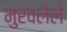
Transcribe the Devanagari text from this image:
मुरवलेले